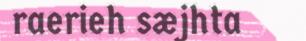
raerieh sæjhta